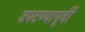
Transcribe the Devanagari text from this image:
उपटण्यापूर्वी